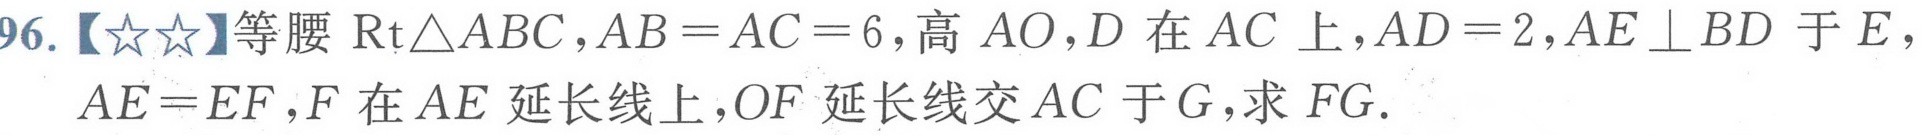
96.【\(☆☆\)】等腰\(\text{Rt}\triangle ABC\)，\(AB = AC = 6\)，高 \(AO\)，\(D\) 在 \(AC\) 上，\(AD = 2\)，\(AE\perp BD\) 于 \(E\)，
\(AE = EF\)，\(F\) 在 \(AE\) 延长线上，\(OF\) 延长线交 \(AC\) 于 \(G\)，求 \(FG\).